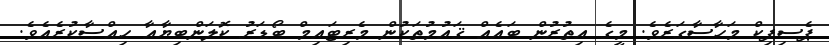
ޕެސިފިކް މަހާސާގަރެވެ. މީގެ އިތުރުން ބައެއް ޤައުމުތަކުން މެރިޓައިމް ބޯޑަރު ކޮލަންބިޔާއާ ޙިއްޞާކުރެއެވެ.